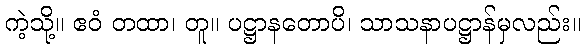
ကဲ့သို့။ ဧဝံ တထာ၊ တူ။ ပဋ္ဌာနတောပိ၊ သာသနာပဋ္ဌာန်မှလည်း။